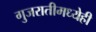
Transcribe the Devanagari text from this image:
गुजरातीमध्येही